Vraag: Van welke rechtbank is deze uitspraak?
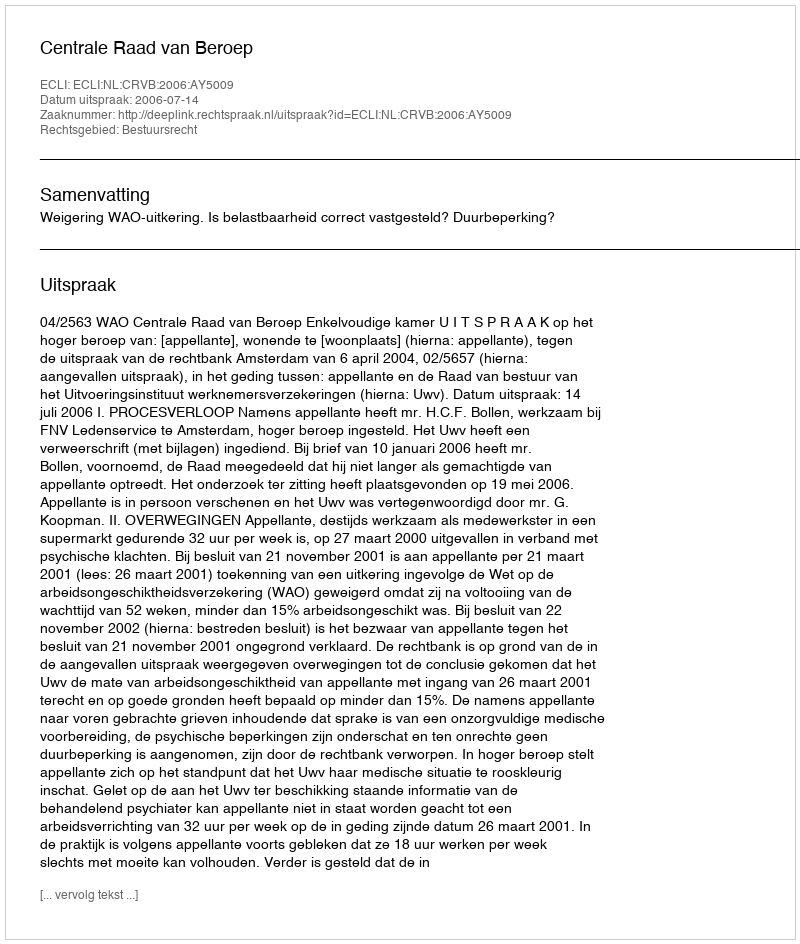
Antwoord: Centrale Raad van Beroep